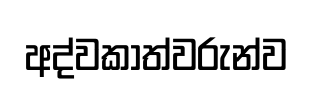
අද්වකාත්වරුන්ව